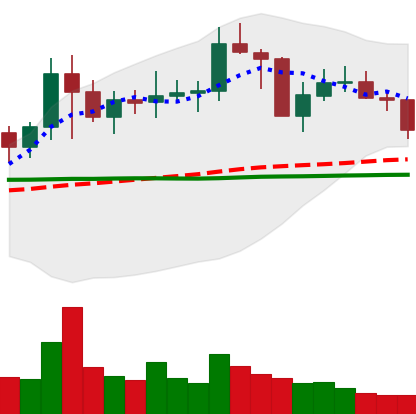
Ticker: NEO-USD
Chart end date: 2021-01-27
Forward return: 9.722%
Label: up_7plus